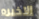
الاخيره